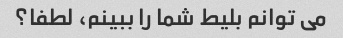
می توانم بلیط شما را ببینم، لطفا؟